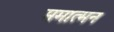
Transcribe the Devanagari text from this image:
ममात्मन